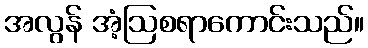
အလွန် အံ့ဩစရာကောင်းသည်။